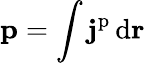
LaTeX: \mathbf{p}=\int\mathbf{j}^{\mathrm{p}}\, \mathrm{d}\mathbf{r}